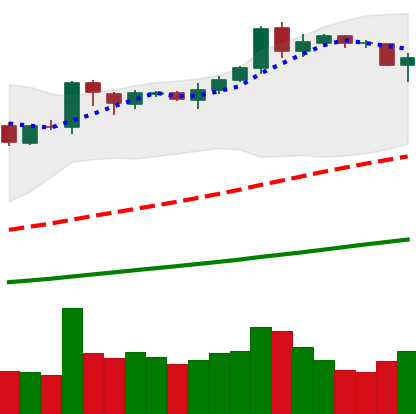
Ticker: BNB-USD
Chart end date: 2019-04-09
Forward return: 5.734%
Label: up_5_7